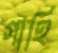
গাহি